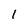
Character: 1